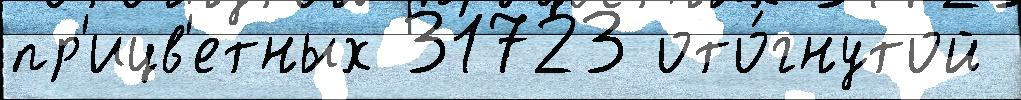
пр'ицв'етных 31723 ото́гнутой